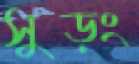
সুড়ং